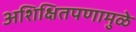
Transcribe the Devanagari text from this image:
अशिक्षितपणामुळे